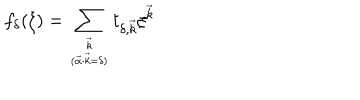
f _ { \delta } ( \xi ) = \sum _ { { \vec { k } } \atop { ( \vec { \alpha } \cdot \vec { k } = \delta ) } } t _ { \delta , \vec { k } } \xi ^ { \vec { k } }